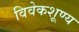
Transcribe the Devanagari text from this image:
विवेकशूण्य